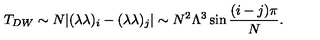
T _ { D W } \sim N | ( \lambda \lambda ) _ { i } - ( \lambda \lambda ) _ { j } | \sim N ^ { 2 } \Lambda ^ { 3 } \sin { { \frac { ( i - j ) \pi } { N } } } .